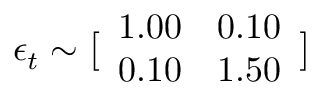
\displaystyle \boldsymbol { \epsilon } _ { t } \sim \bigl [ \begin{array} { l l } { 1 . 0 0 } & { 0 . 1 0 } \\ { 0 . 1 0 } & { 1 . 5 0 } \end{array} \bigr ]